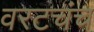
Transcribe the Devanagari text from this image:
वरटचंच